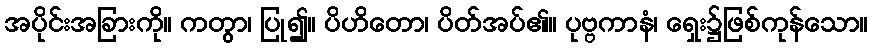
အပိုင်းအခြားကို။ ကတွာ၊ ပြု၍။ ပိဟိတော၊ ပိတ်အပ်၏။ ပုဗ္ဗကာနံ၊ ရှေး၌ဖြစ်ကုန်သော။